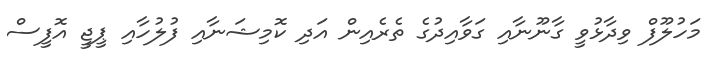
މަހުލޫފް ވިދާޅުވީ ގާނޫނާއި ގަވާއިދުގެ ތެރެއިން އަދި ކޮމިޝަނާއި ފުލުހާއި ޕީޖީ އޮފީސް